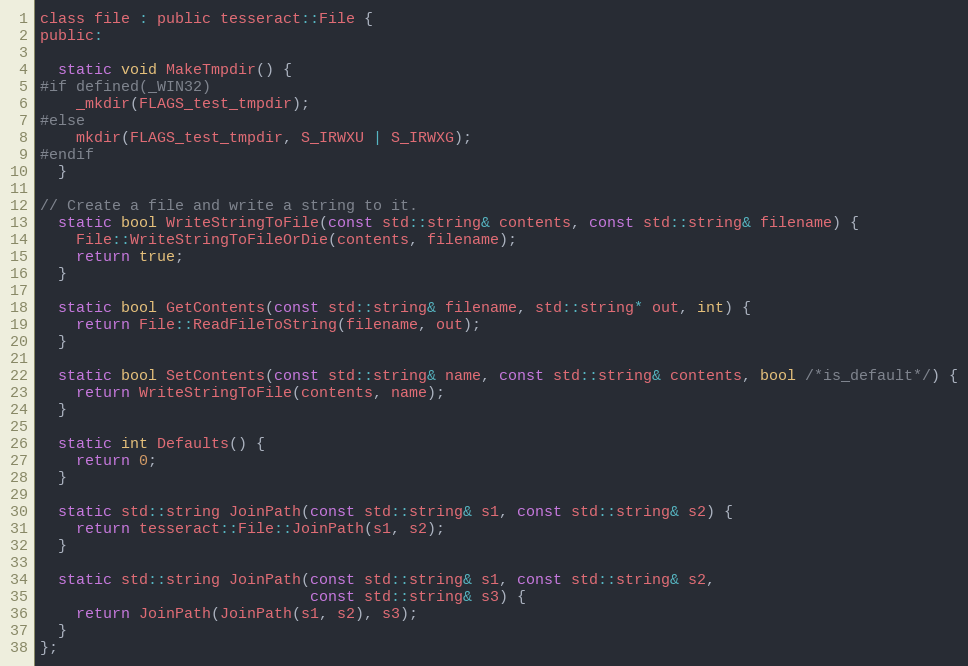
Language: C
class file : public tesseract::File {
public:

  static void MakeTmpdir() {
#if defined(_WIN32)
    _mkdir(FLAGS_test_tmpdir);
#else
    mkdir(FLAGS_test_tmpdir, S_IRWXU | S_IRWXG);
#endif
  }

// Create a file and write a string to it.
  static bool WriteStringToFile(const std::string& contents, const std::string& filename) {
    File::WriteStringToFileOrDie(contents, filename);
    return true;
  }

  static bool GetContents(const std::string& filename, std::string* out, int) {
    return File::ReadFileToString(filename, out);
  }

  static bool SetContents(const std::string& name, const std::string& contents, bool /*is_default*/) {
    return WriteStringToFile(contents, name);
  }

  static int Defaults() {
    return 0;
  }

  static std::string JoinPath(const std::string& s1, const std::string& s2) {
    return tesseract::File::JoinPath(s1, s2);
  }

  static std::string JoinPath(const std::string& s1, const std::string& s2,
                              const std::string& s3) {
    return JoinPath(JoinPath(s1, s2), s3);
  }
};